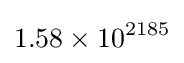
1.58\times 10^{2185}